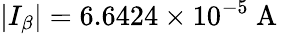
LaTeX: \left|I_{\beta}\right|=6.6424\times 10^{-5}\mathrm{~A~}